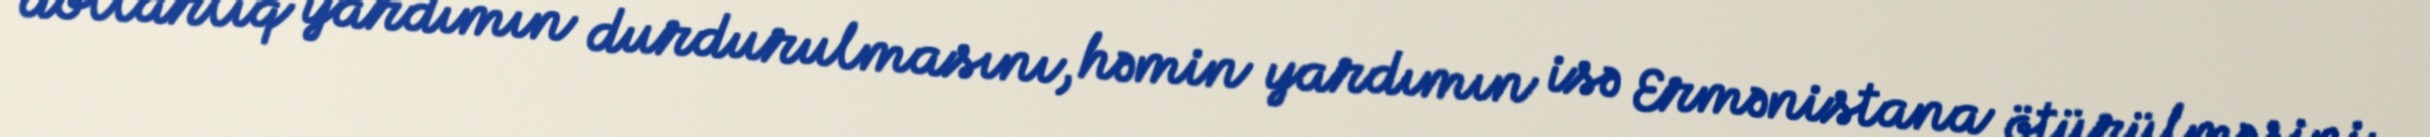
dollarlıq yardımın durdurulmasını, həmin yardımın isə Ermənistana ötürülməsini